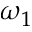
\omega _ { 1 }